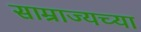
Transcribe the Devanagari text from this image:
साम्राज्यच्या